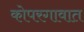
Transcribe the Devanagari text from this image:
कोपरगावात